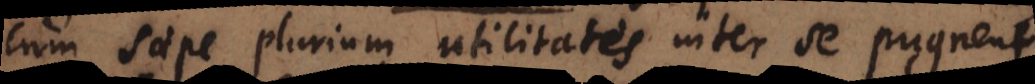
cum saepe plurium utilitates inter se pugnent